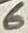
Text: 6